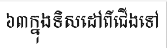
៦៣ក្នុងទិសដៅពីជើងទៅ